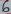
Text: 6